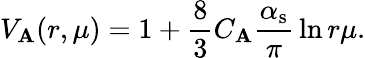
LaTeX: V_{\mathbf{A}}(r,\mu)=1+{\frac{{8}}{{3}}}C_{\mathbf{A}}{\frac{{\alpha_{\mathrm{{s}}}}}{{\pi}}}\ln{r\mu}.